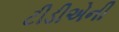
ટીડીએની